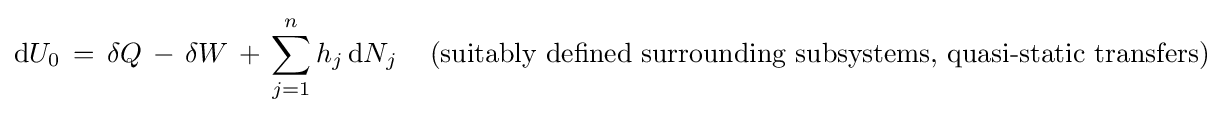
\mathrm {d} U_{0}\,=\,\delta Q\,-\,\delta W\,+\,\sum _{j=1}^{n}h_{j}\,\mathrm {d} N_{j}\,\,\,\,\,\,\,{\text{(suitably defined surrounding subsystems, quasi-static transfers)}}